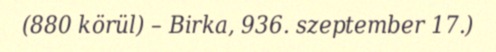
(880 körül) – Birka, 936. szeptember 17.)